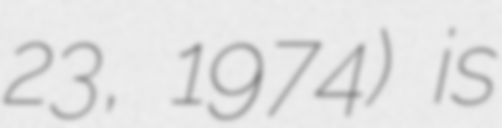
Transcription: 23, 1974) is